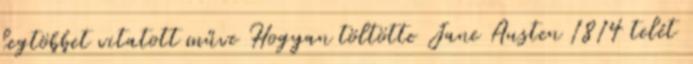
legtöbbet vitatott műve Hogyan töltötte Jane Austen 1814 telét